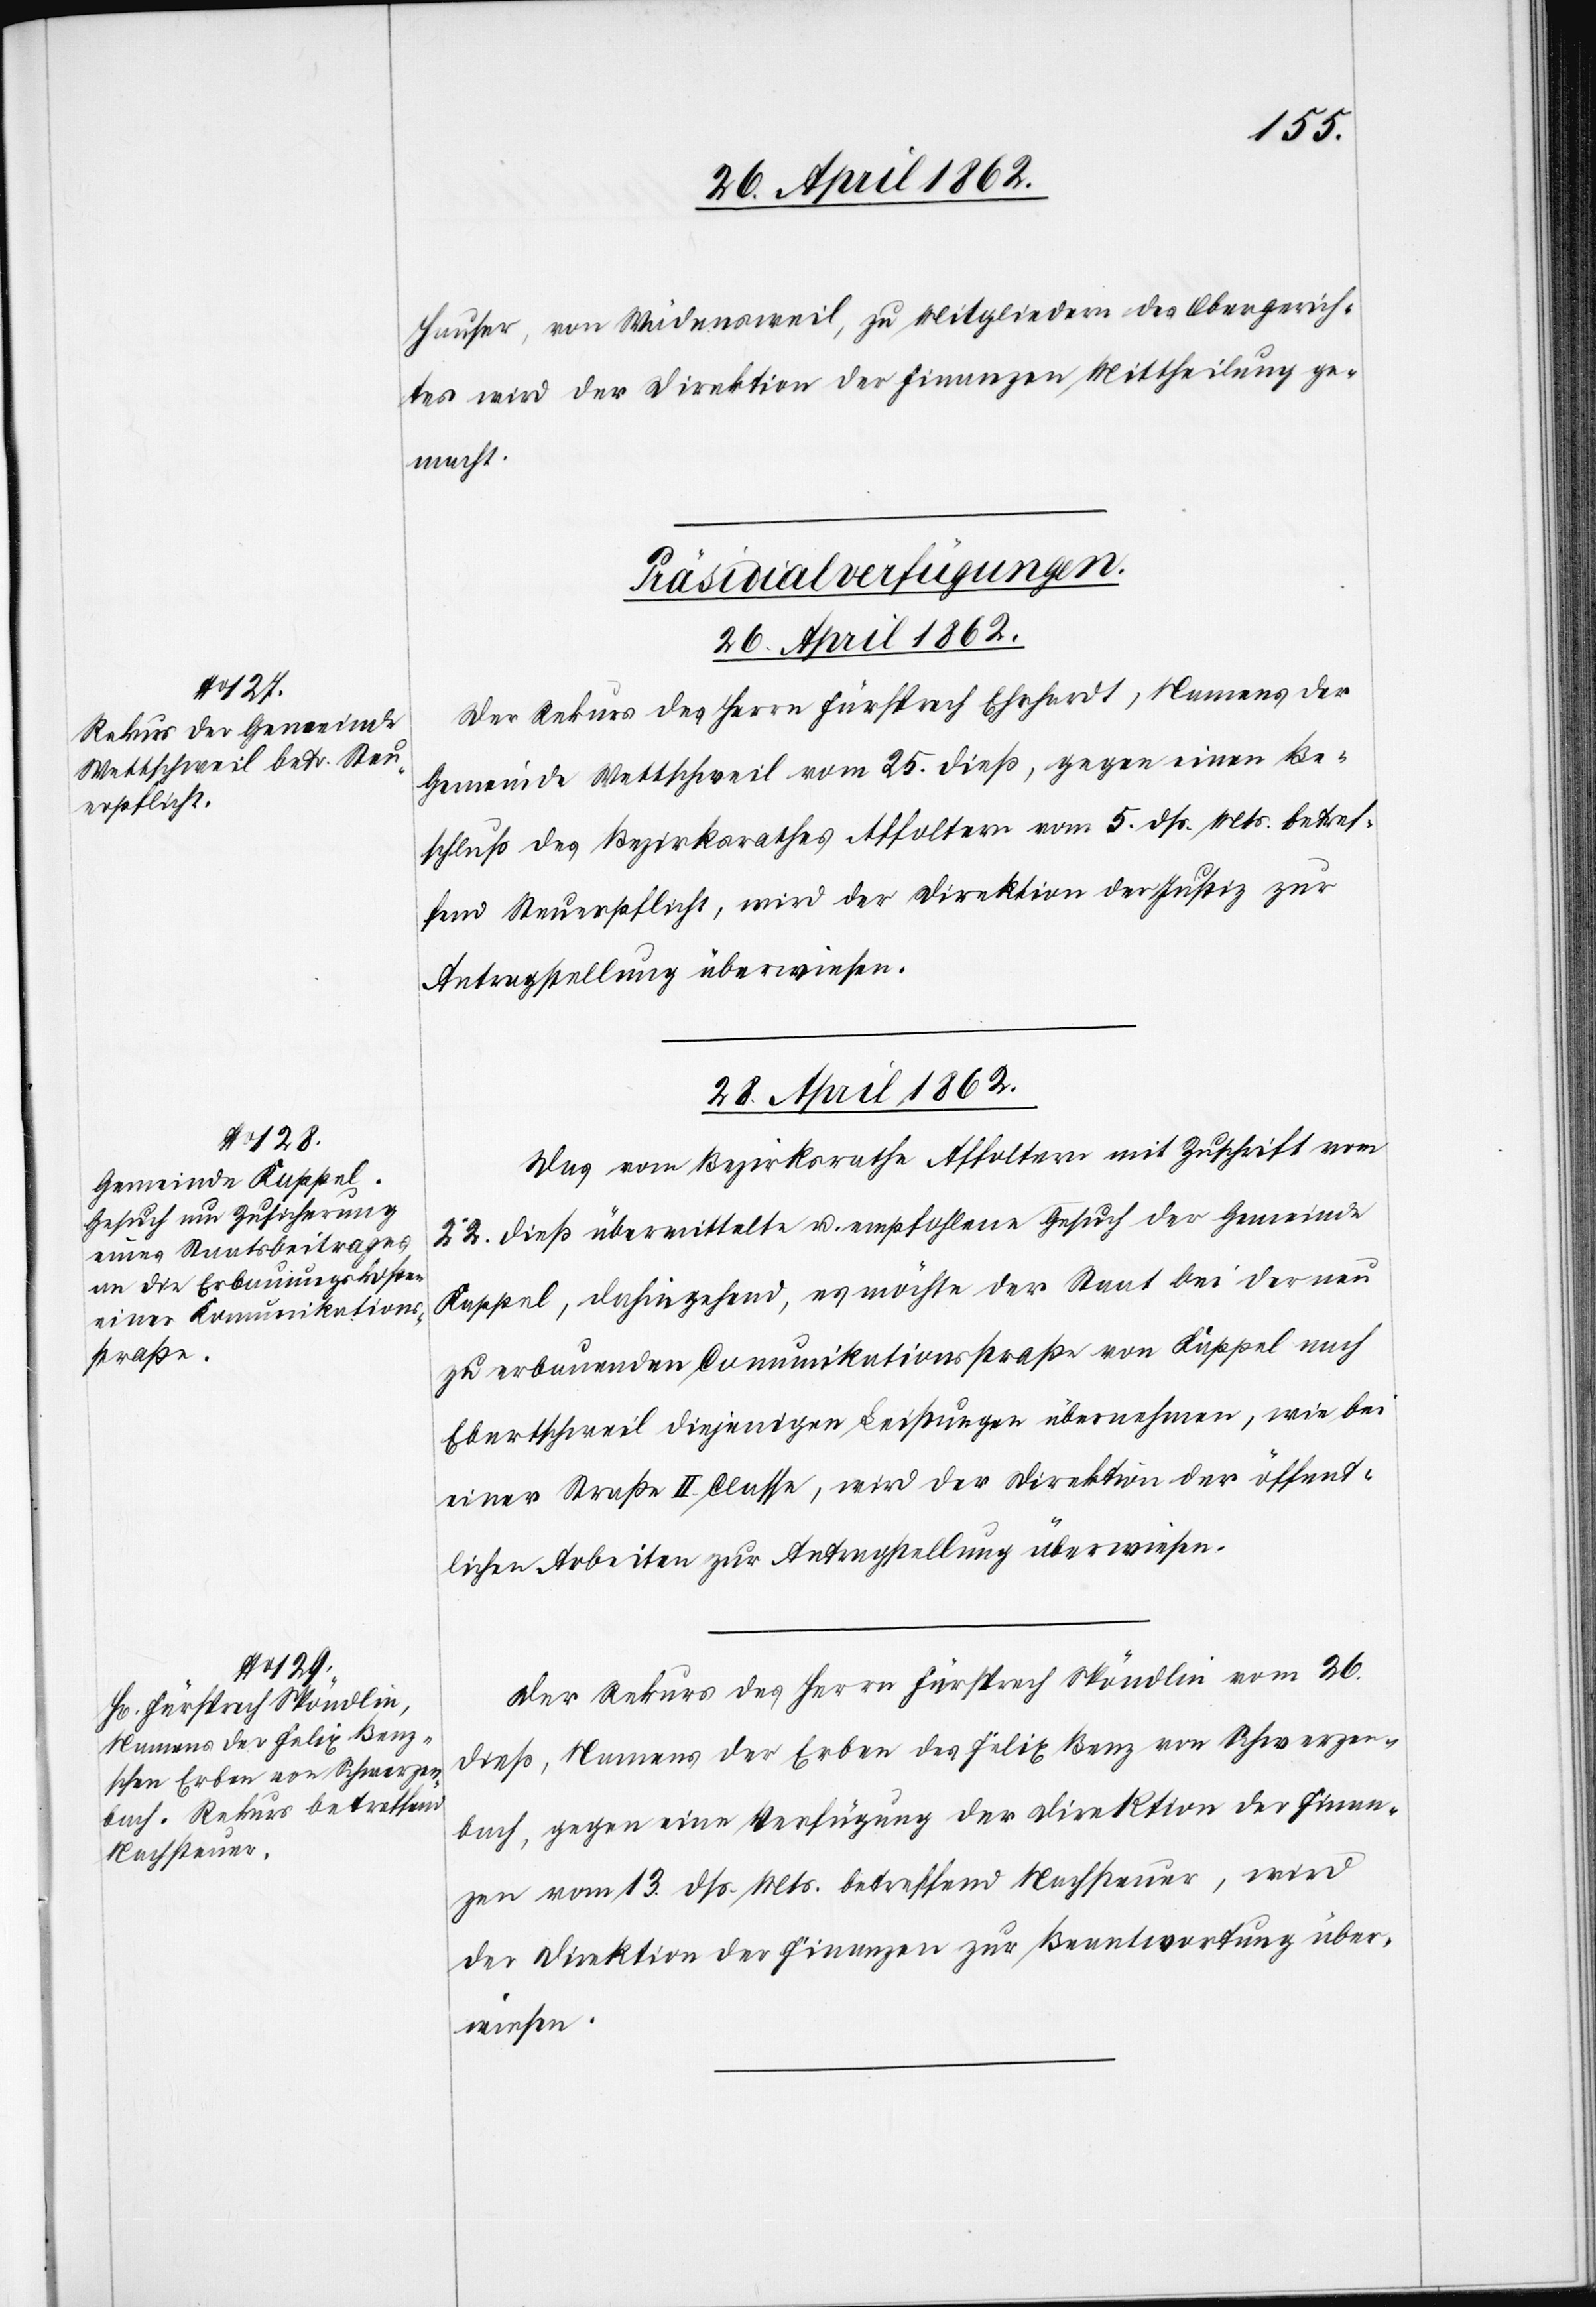
Hauser, von Wädensweil, zu Mitgliedern des Obergerich¬
tes wird der Direktion der Finanzen Mittheilung ge¬
macht.
[Präsidialverfügungen.
26. April 1862.
Der Rekurs des Herrn Fürsprech Ehrhardt, Namens der
Gemeinde Wettschweil vom 25. dieß, gegen einen Be¬
schluß des Bezirksrathes Affoltern vom 5. dß. Mts. betref¬
fend Steuerpflicht, wird der Direktion der Justiz zur
Antragstellung überwiesen.
28. April 1862.]
Das vom Bezirksrathe Affoltern mit Zuschrift vom
22. dieß übermittelte u. empfohlene Gesuch der Gemeinde
Kappel, dahingehend, es möchte der Staat bei der neu
zu erbauenden Communikationsstraße von Kappel nach
Ebertschweil diejenigen Leistungen übernehmen, wie bei
einer Straße II. Classe, wird der Direktion der öffent¬
lichen Arbeiten zur Antragstellung überwiesen.
Der Rekurs des Herrn Fürsprech Spöndlin vom 26.
dieß, Namens der Erben des Felix Benz von Schwerzen¬
bach, gegen eine Verfügung der Direktion der Finan¬
zen vom 13. dß. Mts. betreffend Nachsteuer, wird
der Direktion der Finanzen zur Beantwortung über¬
wiesen.